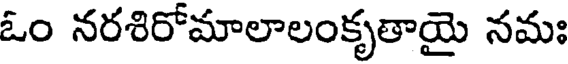
ఓం నరశిరోమాలాలంకృతాయై నమః